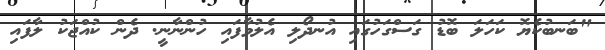
"ބަނބުކެޔޮ ކަހަލަ ބޮޑު ގަސްގަހުގައި އުނދޯލި އެލުވާފައި ހުންނާނީ. ދެން ކުއްޖަކު ލާފައި